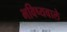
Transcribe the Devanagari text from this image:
भविष्यवाले